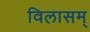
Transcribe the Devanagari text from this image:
विलासम्